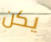
يكن